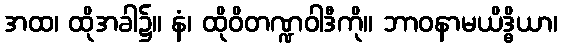
အထ၊ ထိုအခါ၌။ နံ၊ ထိုဝိတဏ္ဍဝါဒီကို။ ဘာဝနာမယိဒ္ဓိယာ၊